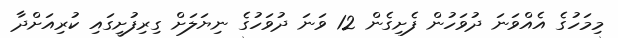
މިމަހުގެ އެއްވަނަ ދުވަހުން ފެށިގެން 12 ވަނަ ދުވަހުގެ ނިޔަލަށް ގިރިފުށީގައި ކުރިއަށްދާ